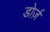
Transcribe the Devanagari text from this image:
डोर्ज़